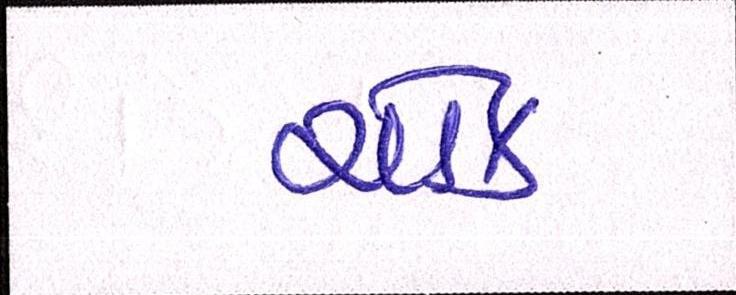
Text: ચોક